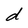
Character: d